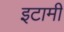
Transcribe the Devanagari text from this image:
इटामी